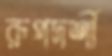
রূপদর্শী